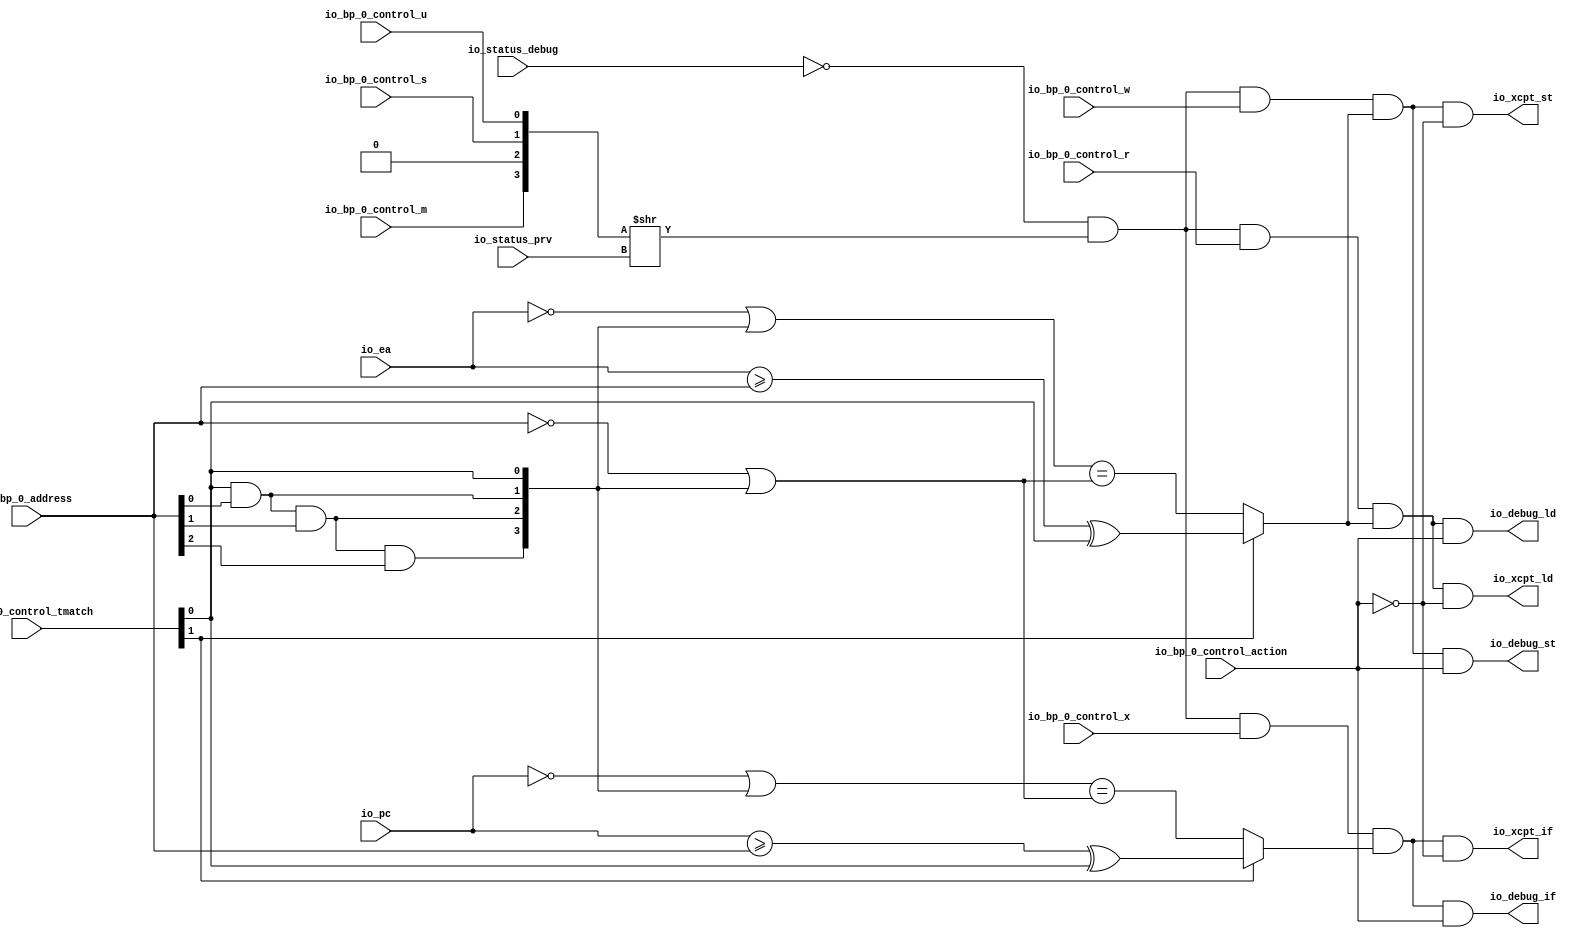
module BreakpointUnit( // @[:freechips.rocketchip.system.DefaultRV32Config.fir@222459.2]
  input         io_status_debug, // @[:freechips.rocketchip.system.DefaultRV32Config.fir@222462.4]
  input  [1:0]  io_status_prv, // @[:freechips.rocketchip.system.DefaultRV32Config.fir@222462.4]
  input         io_bp_0_control_action, // @[:freechips.rocketchip.system.DefaultRV32Config.fir@222462.4]
  input  [1:0]  io_bp_0_control_tmatch, // @[:freechips.rocketchip.system.DefaultRV32Config.fir@222462.4]
  input         io_bp_0_control_m, // @[:freechips.rocketchip.system.DefaultRV32Config.fir@222462.4]
  input         io_bp_0_control_s, // @[:freechips.rocketchip.system.DefaultRV32Config.fir@222462.4]
  input         io_bp_0_control_u, // @[:freechips.rocketchip.system.DefaultRV32Config.fir@222462.4]
  input         io_bp_0_control_x, // @[:freechips.rocketchip.system.DefaultRV32Config.fir@222462.4]
  input         io_bp_0_control_w, // @[:freechips.rocketchip.system.DefaultRV32Config.fir@222462.4]
  input         io_bp_0_control_r, // @[:freechips.rocketchip.system.DefaultRV32Config.fir@222462.4]
  input  [31:0] io_bp_0_address, // @[:freechips.rocketchip.system.DefaultRV32Config.fir@222462.4]
  input  [31:0] io_pc, // @[:freechips.rocketchip.system.DefaultRV32Config.fir@222462.4]
  input  [31:0] io_ea, // @[:freechips.rocketchip.system.DefaultRV32Config.fir@222462.4]
  output        io_xcpt_if, // @[:freechips.rocketchip.system.DefaultRV32Config.fir@222462.4]
  output        io_xcpt_ld, // @[:freechips.rocketchip.system.DefaultRV32Config.fir@222462.4]
  output        io_xcpt_st, // @[:freechips.rocketchip.system.DefaultRV32Config.fir@222462.4]
  output        io_debug_if, // @[:freechips.rocketchip.system.DefaultRV32Config.fir@222462.4]
  output        io_debug_ld, // @[:freechips.rocketchip.system.DefaultRV32Config.fir@222462.4]
  output        io_debug_st // @[:freechips.rocketchip.system.DefaultRV32Config.fir@222462.4]
);
  wire  _T; // @[Breakpoint.scala 31:35:freechips.rocketchip.system.DefaultRV32Config.fir@222470.4]
  wire [3:0] _T_3; // @[Cat.scala 29:58:freechips.rocketchip.system.DefaultRV32Config.fir@222473.4]
  wire [3:0] _T_4; // @[Breakpoint.scala 31:68:freechips.rocketchip.system.DefaultRV32Config.fir@222474.4]
  wire  _T_6; // @[Breakpoint.scala 31:50:freechips.rocketchip.system.DefaultRV32Config.fir@222476.4]
  wire  _T_7; // @[Breakpoint.scala 83:16:freechips.rocketchip.system.DefaultRV32Config.fir@222477.4]
  wire  _T_9; // @[Breakpoint.scala 45:8:freechips.rocketchip.system.DefaultRV32Config.fir@222479.4]
  wire  _T_11; // @[Breakpoint.scala 45:20:freechips.rocketchip.system.DefaultRV32Config.fir@222481.4]
  wire [31:0] _T_12; // @[Breakpoint.scala 42:6:freechips.rocketchip.system.DefaultRV32Config.fir@222482.4]
  wire  _T_15; // @[Breakpoint.scala 39:73:freechips.rocketchip.system.DefaultRV32Config.fir@222485.4]
  wire  _T_17; // @[Breakpoint.scala 39:73:freechips.rocketchip.system.DefaultRV32Config.fir@222487.4]
  wire  _T_19; // @[Breakpoint.scala 39:73:freechips.rocketchip.system.DefaultRV32Config.fir@222489.4]
  wire [3:0] _T_22; // @[Cat.scala 29:58:freechips.rocketchip.system.DefaultRV32Config.fir@222492.4]
  wire [31:0] _GEN_11; // @[Breakpoint.scala 42:9:freechips.rocketchip.system.DefaultRV32Config.fir@222493.4]
  wire [31:0] _T_23; // @[Breakpoint.scala 42:9:freechips.rocketchip.system.DefaultRV32Config.fir@222493.4]
  wire [31:0] _T_24; // @[Breakpoint.scala 42:24:freechips.rocketchip.system.DefaultRV32Config.fir@222494.4]
  wire [31:0] _T_35; // @[Breakpoint.scala 42:33:freechips.rocketchip.system.DefaultRV32Config.fir@222505.4]
  wire  _T_36; // @[Breakpoint.scala 42:19:freechips.rocketchip.system.DefaultRV32Config.fir@222506.4]
  wire  _T_37; // @[Breakpoint.scala 48:8:freechips.rocketchip.system.DefaultRV32Config.fir@222507.4]
  wire  _T_38; // @[Breakpoint.scala 83:32:freechips.rocketchip.system.DefaultRV32Config.fir@222508.4]
  wire  _T_39; // @[Breakpoint.scala 84:16:freechips.rocketchip.system.DefaultRV32Config.fir@222509.4]
  wire  _T_70; // @[Breakpoint.scala 84:32:freechips.rocketchip.system.DefaultRV32Config.fir@222540.4]
  wire  _T_71; // @[Breakpoint.scala 85:16:freechips.rocketchip.system.DefaultRV32Config.fir@222541.4]
  wire  _T_73; // @[Breakpoint.scala 45:8:freechips.rocketchip.system.DefaultRV32Config.fir@222543.4]
  wire  _T_75; // @[Breakpoint.scala 45:20:freechips.rocketchip.system.DefaultRV32Config.fir@222545.4]
  wire [31:0] _T_76; // @[Breakpoint.scala 42:6:freechips.rocketchip.system.DefaultRV32Config.fir@222546.4]
  wire [31:0] _T_87; // @[Breakpoint.scala 42:9:freechips.rocketchip.system.DefaultRV32Config.fir@222557.4]
  wire  _T_100; // @[Breakpoint.scala 42:19:freechips.rocketchip.system.DefaultRV32Config.fir@222570.4]
  wire  _T_101; // @[Breakpoint.scala 48:8:freechips.rocketchip.system.DefaultRV32Config.fir@222571.4]
  wire  _T_102; // @[Breakpoint.scala 85:32:freechips.rocketchip.system.DefaultRV32Config.fir@222572.4]
  wire  _T_106; // @[Breakpoint.scala 95:51:freechips.rocketchip.system.DefaultRV32Config.fir@222582.6]
  assign _T = ~io_status_debug; // @[Breakpoint.scala 31:35:freechips.rocketchip.system.DefaultRV32Config.fir@222470.4]
  assign _T_3 = {io_bp_0_control_m,1'h0,io_bp_0_control_s,io_bp_0_control_u}; // @[Cat.scala 29:58:freechips.rocketchip.system.DefaultRV32Config.fir@222473.4]
  assign _T_4 = _T_3 >> io_status_prv; // @[Breakpoint.scala 31:68:freechips.rocketchip.system.DefaultRV32Config.fir@222474.4]
  assign _T_6 = _T & _T_4[0]; // @[Breakpoint.scala 31:50:freechips.rocketchip.system.DefaultRV32Config.fir@222476.4]
  assign _T_7 = _T_6 & io_bp_0_control_r; // @[Breakpoint.scala 83:16:freechips.rocketchip.system.DefaultRV32Config.fir@222477.4]
  assign _T_9 = io_ea >= io_bp_0_address; // @[Breakpoint.scala 45:8:freechips.rocketchip.system.DefaultRV32Config.fir@222479.4]
  assign _T_11 = _T_9 ^ io_bp_0_control_tmatch[0]; // @[Breakpoint.scala 45:20:freechips.rocketchip.system.DefaultRV32Config.fir@222481.4]
  assign _T_12 = ~io_ea; // @[Breakpoint.scala 42:6:freechips.rocketchip.system.DefaultRV32Config.fir@222482.4]
  assign _T_15 = io_bp_0_control_tmatch[0] & io_bp_0_address[0]; // @[Breakpoint.scala 39:73:freechips.rocketchip.system.DefaultRV32Config.fir@222485.4]
  assign _T_17 = _T_15 & io_bp_0_address[1]; // @[Breakpoint.scala 39:73:freechips.rocketchip.system.DefaultRV32Config.fir@222487.4]
  assign _T_19 = _T_17 & io_bp_0_address[2]; // @[Breakpoint.scala 39:73:freechips.rocketchip.system.DefaultRV32Config.fir@222489.4]
  assign _T_22 = {_T_19,_T_17,_T_15,io_bp_0_control_tmatch[0]}; // @[Cat.scala 29:58:freechips.rocketchip.system.DefaultRV32Config.fir@222492.4]
  assign _GEN_11 = {{28'd0}, _T_22}; // @[Breakpoint.scala 42:9:freechips.rocketchip.system.DefaultRV32Config.fir@222493.4]
  assign _T_23 = _T_12 | _GEN_11; // @[Breakpoint.scala 42:9:freechips.rocketchip.system.DefaultRV32Config.fir@222493.4]
  assign _T_24 = ~io_bp_0_address; // @[Breakpoint.scala 42:24:freechips.rocketchip.system.DefaultRV32Config.fir@222494.4]
  assign _T_35 = _T_24 | _GEN_11; // @[Breakpoint.scala 42:33:freechips.rocketchip.system.DefaultRV32Config.fir@222505.4]
  assign _T_36 = _T_23 == _T_35; // @[Breakpoint.scala 42:19:freechips.rocketchip.system.DefaultRV32Config.fir@222506.4]
  assign _T_37 = io_bp_0_control_tmatch[1] ? _T_11 : _T_36; // @[Breakpoint.scala 48:8:freechips.rocketchip.system.DefaultRV32Config.fir@222507.4]
  assign _T_38 = _T_7 & _T_37; // @[Breakpoint.scala 83:32:freechips.rocketchip.system.DefaultRV32Config.fir@222508.4]
  assign _T_39 = _T_6 & io_bp_0_control_w; // @[Breakpoint.scala 84:16:freechips.rocketchip.system.DefaultRV32Config.fir@222509.4]
  assign _T_70 = _T_39 & _T_37; // @[Breakpoint.scala 84:32:freechips.rocketchip.system.DefaultRV32Config.fir@222540.4]
  assign _T_71 = _T_6 & io_bp_0_control_x; // @[Breakpoint.scala 85:16:freechips.rocketchip.system.DefaultRV32Config.fir@222541.4]
  assign _T_73 = io_pc >= io_bp_0_address; // @[Breakpoint.scala 45:8:freechips.rocketchip.system.DefaultRV32Config.fir@222543.4]
  assign _T_75 = _T_73 ^ io_bp_0_control_tmatch[0]; // @[Breakpoint.scala 45:20:freechips.rocketchip.system.DefaultRV32Config.fir@222545.4]
  assign _T_76 = ~io_pc; // @[Breakpoint.scala 42:6:freechips.rocketchip.system.DefaultRV32Config.fir@222546.4]
  assign _T_87 = _T_76 | _GEN_11; // @[Breakpoint.scala 42:9:freechips.rocketchip.system.DefaultRV32Config.fir@222557.4]
  assign _T_100 = _T_87 == _T_35; // @[Breakpoint.scala 42:19:freechips.rocketchip.system.DefaultRV32Config.fir@222570.4]
  assign _T_101 = io_bp_0_control_tmatch[1] ? _T_75 : _T_100; // @[Breakpoint.scala 48:8:freechips.rocketchip.system.DefaultRV32Config.fir@222571.4]
  assign _T_102 = _T_71 & _T_101; // @[Breakpoint.scala 85:32:freechips.rocketchip.system.DefaultRV32Config.fir@222572.4]
  assign _T_106 = ~io_bp_0_control_action; // @[Breakpoint.scala 95:51:freechips.rocketchip.system.DefaultRV32Config.fir@222582.6]
  assign io_xcpt_if = _T_102 & _T_106; // @[Breakpoint.scala 74:14:freechips.rocketchip.system.DefaultRV32Config.fir@222464.4 Breakpoint.scala 97:40:freechips.rocketchip.system.DefaultRV32Config.fir@222603.6]
  assign io_xcpt_ld = _T_38 & _T_106; // @[Breakpoint.scala 75:14:freechips.rocketchip.system.DefaultRV32Config.fir@222465.4 Breakpoint.scala 95:40:freechips.rocketchip.system.DefaultRV32Config.fir@222583.6]
  assign io_xcpt_st = _T_70 & _T_106; // @[Breakpoint.scala 76:14:freechips.rocketchip.system.DefaultRV32Config.fir@222466.4 Breakpoint.scala 96:40:freechips.rocketchip.system.DefaultRV32Config.fir@222593.6]
  assign io_debug_if = _T_102 & io_bp_0_control_action; // @[Breakpoint.scala 77:15:freechips.rocketchip.system.DefaultRV32Config.fir@222467.4 Breakpoint.scala 97:73:freechips.rocketchip.system.DefaultRV32Config.fir@222605.6]
  assign io_debug_ld = _T_38 & io_bp_0_control_action; // @[Breakpoint.scala 78:15:freechips.rocketchip.system.DefaultRV32Config.fir@222468.4 Breakpoint.scala 95:73:freechips.rocketchip.system.DefaultRV32Config.fir@222585.6]
  assign io_debug_st = _T_70 & io_bp_0_control_action; // @[Breakpoint.scala 79:15:freechips.rocketchip.system.DefaultRV32Config.fir@222469.4 Breakpoint.scala 96:73:freechips.rocketchip.system.DefaultRV32Config.fir@222595.6]
endmodule